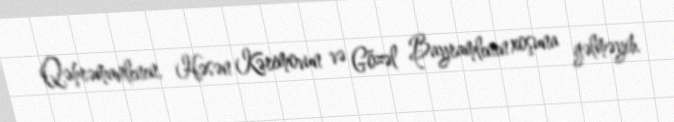
Qəhrəmanlının, Həsən Kərimovun və Gözəl Bayramlının xoşuna gəlməyib.